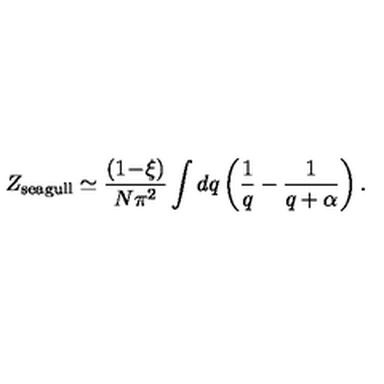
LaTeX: Z _ { \mathrm { s e a g u l l } } \simeq \frac { ( 1 \! - \! \xi ) } { N \pi ^ { 2 } } \int d q \left( \frac { 1 } { q } - \frac { 1 } { q + \alpha } \right) .